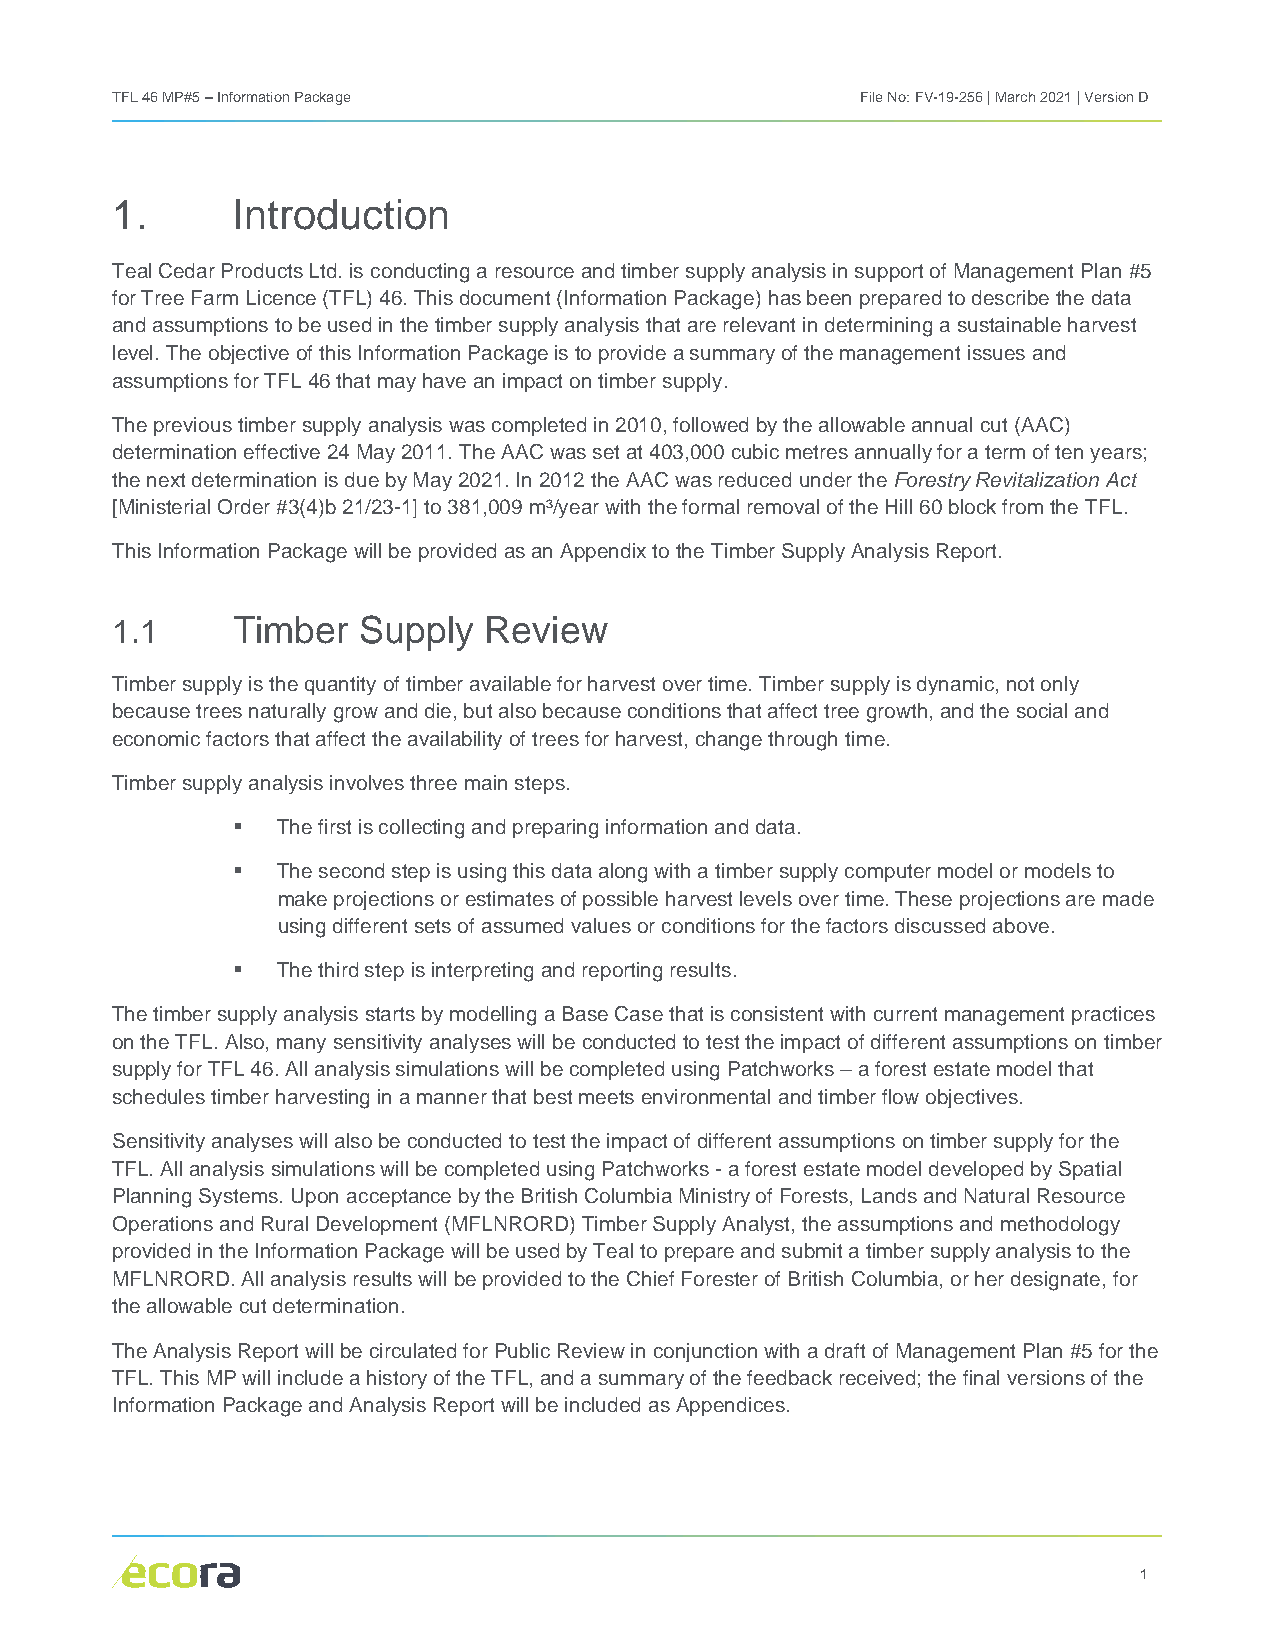
TFL 46 MP#5 – Information Package                 File No: FV-19-256 | March 2021 | Version D
 1.      Introduction
 Teal Cedar Products Ltd. is conducting a resource and timber supply analysis in support of Management Plan #5
 for Tree Farm Licence (TFL) 46. This document (Information Package) has been prepared to describe the data
 and assumptions to be used in the timber supply analysis that are relevant in determining a sustainable harvest
 level. The objective of this Information Package is to provide a summary of the management issues and
 assumptions for TFL 46 that may have an impact on timber supply.
 The previous timber supply analysis was completed in 2010, followed by the allowable annual cut (AAC)
 determination effective 24 May 2011. The AAC was set at 403,000 cubic metres annually for a term of ten years;
 the next determination is due by May 2021. In 2012 the AAC was reduced under the Forestry Revitalization Act
 [Ministerial Order #3(4)b 21/23-1] to 381,009 m³/year with the formal removal of the Hill 60 block from the TFL.
 This Information Package will be provided as an Appendix to the Timber Supply Analysis Report.
 1.1     Timber   Supply  Review
 Timber supply is the quantity of timber available for harvest over time. Timber supply is dynamic, not only
 because trees naturally grow and die, but also because conditions that affect tree growth, and the social and
 economic factors that affect the availability of trees for harvest, change through time.
 Timber supply analysis involves three main steps.
   The first is collecting and preparing information and data.
   The second step is using this data along with a timber supply computer model or models to
 make projections or estimates of possible harvest levels over time. These projections are made
 using different sets of assumed values or conditions for the factors discussed above.
   The third step is interpreting and reporting results.
 The timber supply analysis starts by modelling a Base Case that is consistent with current management practices
 on the TFL. Also, many sensitivity analyses will be conducted to test the impact of different assumptions on timber
 supply for TFL 46. All analysis simulations will be completed using Patchworks – a forest estate model that
 schedules timber harvesting in a manner that best meets environmental and timber flow objectives.
 Sensitivity analyses will also be conducted to test the impact of different assumptions on timber supply for the
 TFL. All analysis simulations will be completed using Patchworks - a forest estate model developed by Spatial
 Planning Systems. Upon acceptance by the British Columbia Ministry of Forests, Lands and Natural Resource
 Operations and Rural Development (MFLNRORD) Timber Supply Analyst, the assumptions and methodology
 provided in the Information Package will be used by Teal to prepare and submit a timber supply analysis to the
 MFLNRORD. All analysis results will be provided to the Chief Forester of British Columbia, or her designate, for
 the allowable cut determination.
 The Analysis Report will be circulated for Public Review in conjunction with a draft of Management Plan #5 for the
 TFL. This MP will include a history of the TFL, and a summary of the feedback received; the final versions of the
 Information Package and Analysis Report will be included as Appendices.
 1